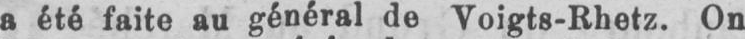
a été faite au général de Voigtg-Rhetz. On